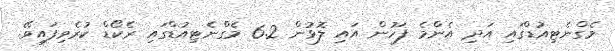
މެގްނެޓިއުޑްގައި އަދި އެންމެ ފަހުން އައި ލޮޅުން 6.2 މެގްނެޓިއުޑްގައި ރެކޯޑް ކުރެވިފައިވޭ.